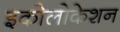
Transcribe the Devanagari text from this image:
इकोलोकेशन